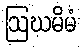
ဩဃမိမံ